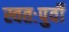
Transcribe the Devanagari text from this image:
स्वतःपुर्वी